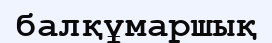
балқұмаршық